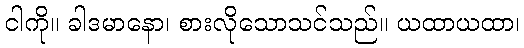
ငါကို။ ခါဒမာနော၊ စားလိုသောသင်သည်။ ယထာယထာ၊